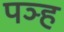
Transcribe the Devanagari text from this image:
पञ्ह